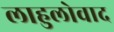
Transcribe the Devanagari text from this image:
लाहुलोवाद